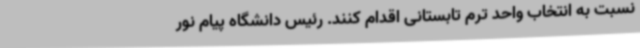
نسبت به انتخاب واحد ترم تابستانی اقدام کنند. رئیس دانشگاه پیام نور